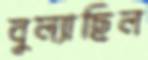
বুল্যাছিল